Annual report of the Punjab Veterinary College and of the Civil Veterinary Department, Punjab - 1926-1932
Year: 1926
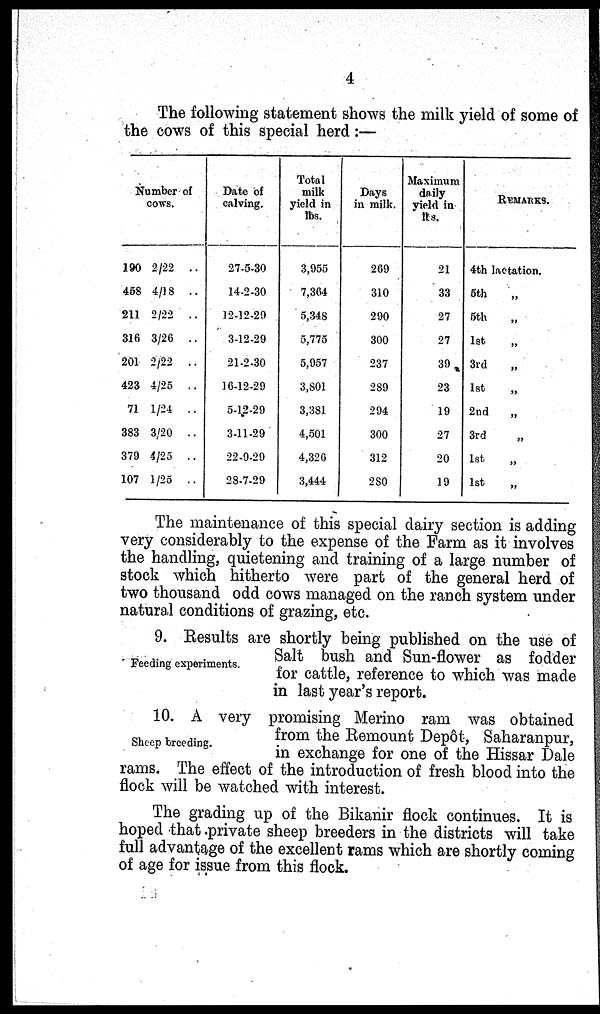
4
The following statement shows the milk yield of some of
the cows of this special herd :—
Number of
cows.
190
458
211
316
201
423
71
383
379
107
2/22
..
4/18
..
2/22
..
3/26
..
2/22
..
4/25
..
1/24
..
3/20
..
4/25
..
1/25
..
Date of
calving.
27-5-30
14-2-30
12-12-20
3-12-29
21-2-30
16-12-29
5-12-29
3-11-29
22-9-29
28-7-29
Total
milk
yield in
lbs.
3,955
7,364
5,348
5,775
5,957
3,801
3,381
4,501
4,320
3,444
Days
in milk.
269
310
290
300
237
289
294
300
312
280
Maximum
daily
yield in
lbs.
21
33
27
27
39
23
19
27
20
19
REMARKS.
4th lactation.
5th „
5th „
1st „
3rd „
1st „
2nd „
3rd „
1st „
1st
The maintenance of this special dairy section is adding
very considerably to the expense of the Farm as it involves
the handling, quietening and training of a large number of
stock which hitherto were part of the general herd of
two thousand odd cows managed on the ranch system under
natural conditions of grazing, etc.
Feeding experiments.
9. Results are shortly being published on the use of
Salt bush and Sun-flower as fodder
for cattle, reference to which was made
in last year's report.
Sheep breeding.
10. A very promising Merino ram was obtained
from the Remount Deôt, Saharanpur,
in exchange for one of the Hissar Dale
rams. The effect of the introduction of fresh blood into the
flock will be watched with interest.
The grading up of the Bikanir flock continues. It is
hoped that private sheep breeders in the districts will take
full advantage of the excellent rams which are shortly coming
of age for issue from this flock.